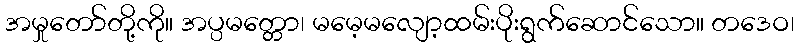
အမှုတော်တို့ကို။ အပ္ပမတ္တော၊ မမေ့မလျော့ထမ်းပိုးရွက်ဆောင်သော။ တဒေဝ၊